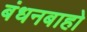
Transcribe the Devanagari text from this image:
बंधनबाहो